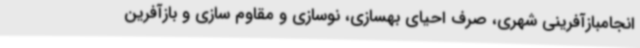
انجامبازآفرینی شهری، صرف احیای بهسازی، نوسازی و مقاوم سازی و بازآفرین